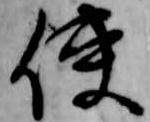
使